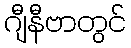
ဂျီနီဗာတွင်